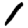
Digit: 1